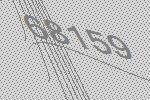
68159